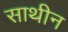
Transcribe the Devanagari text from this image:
साथीन